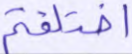
اختلفتم